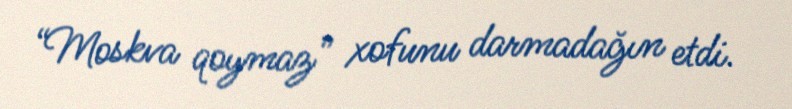
“Moskva qoymaz” xofunu darmadağın etdi.